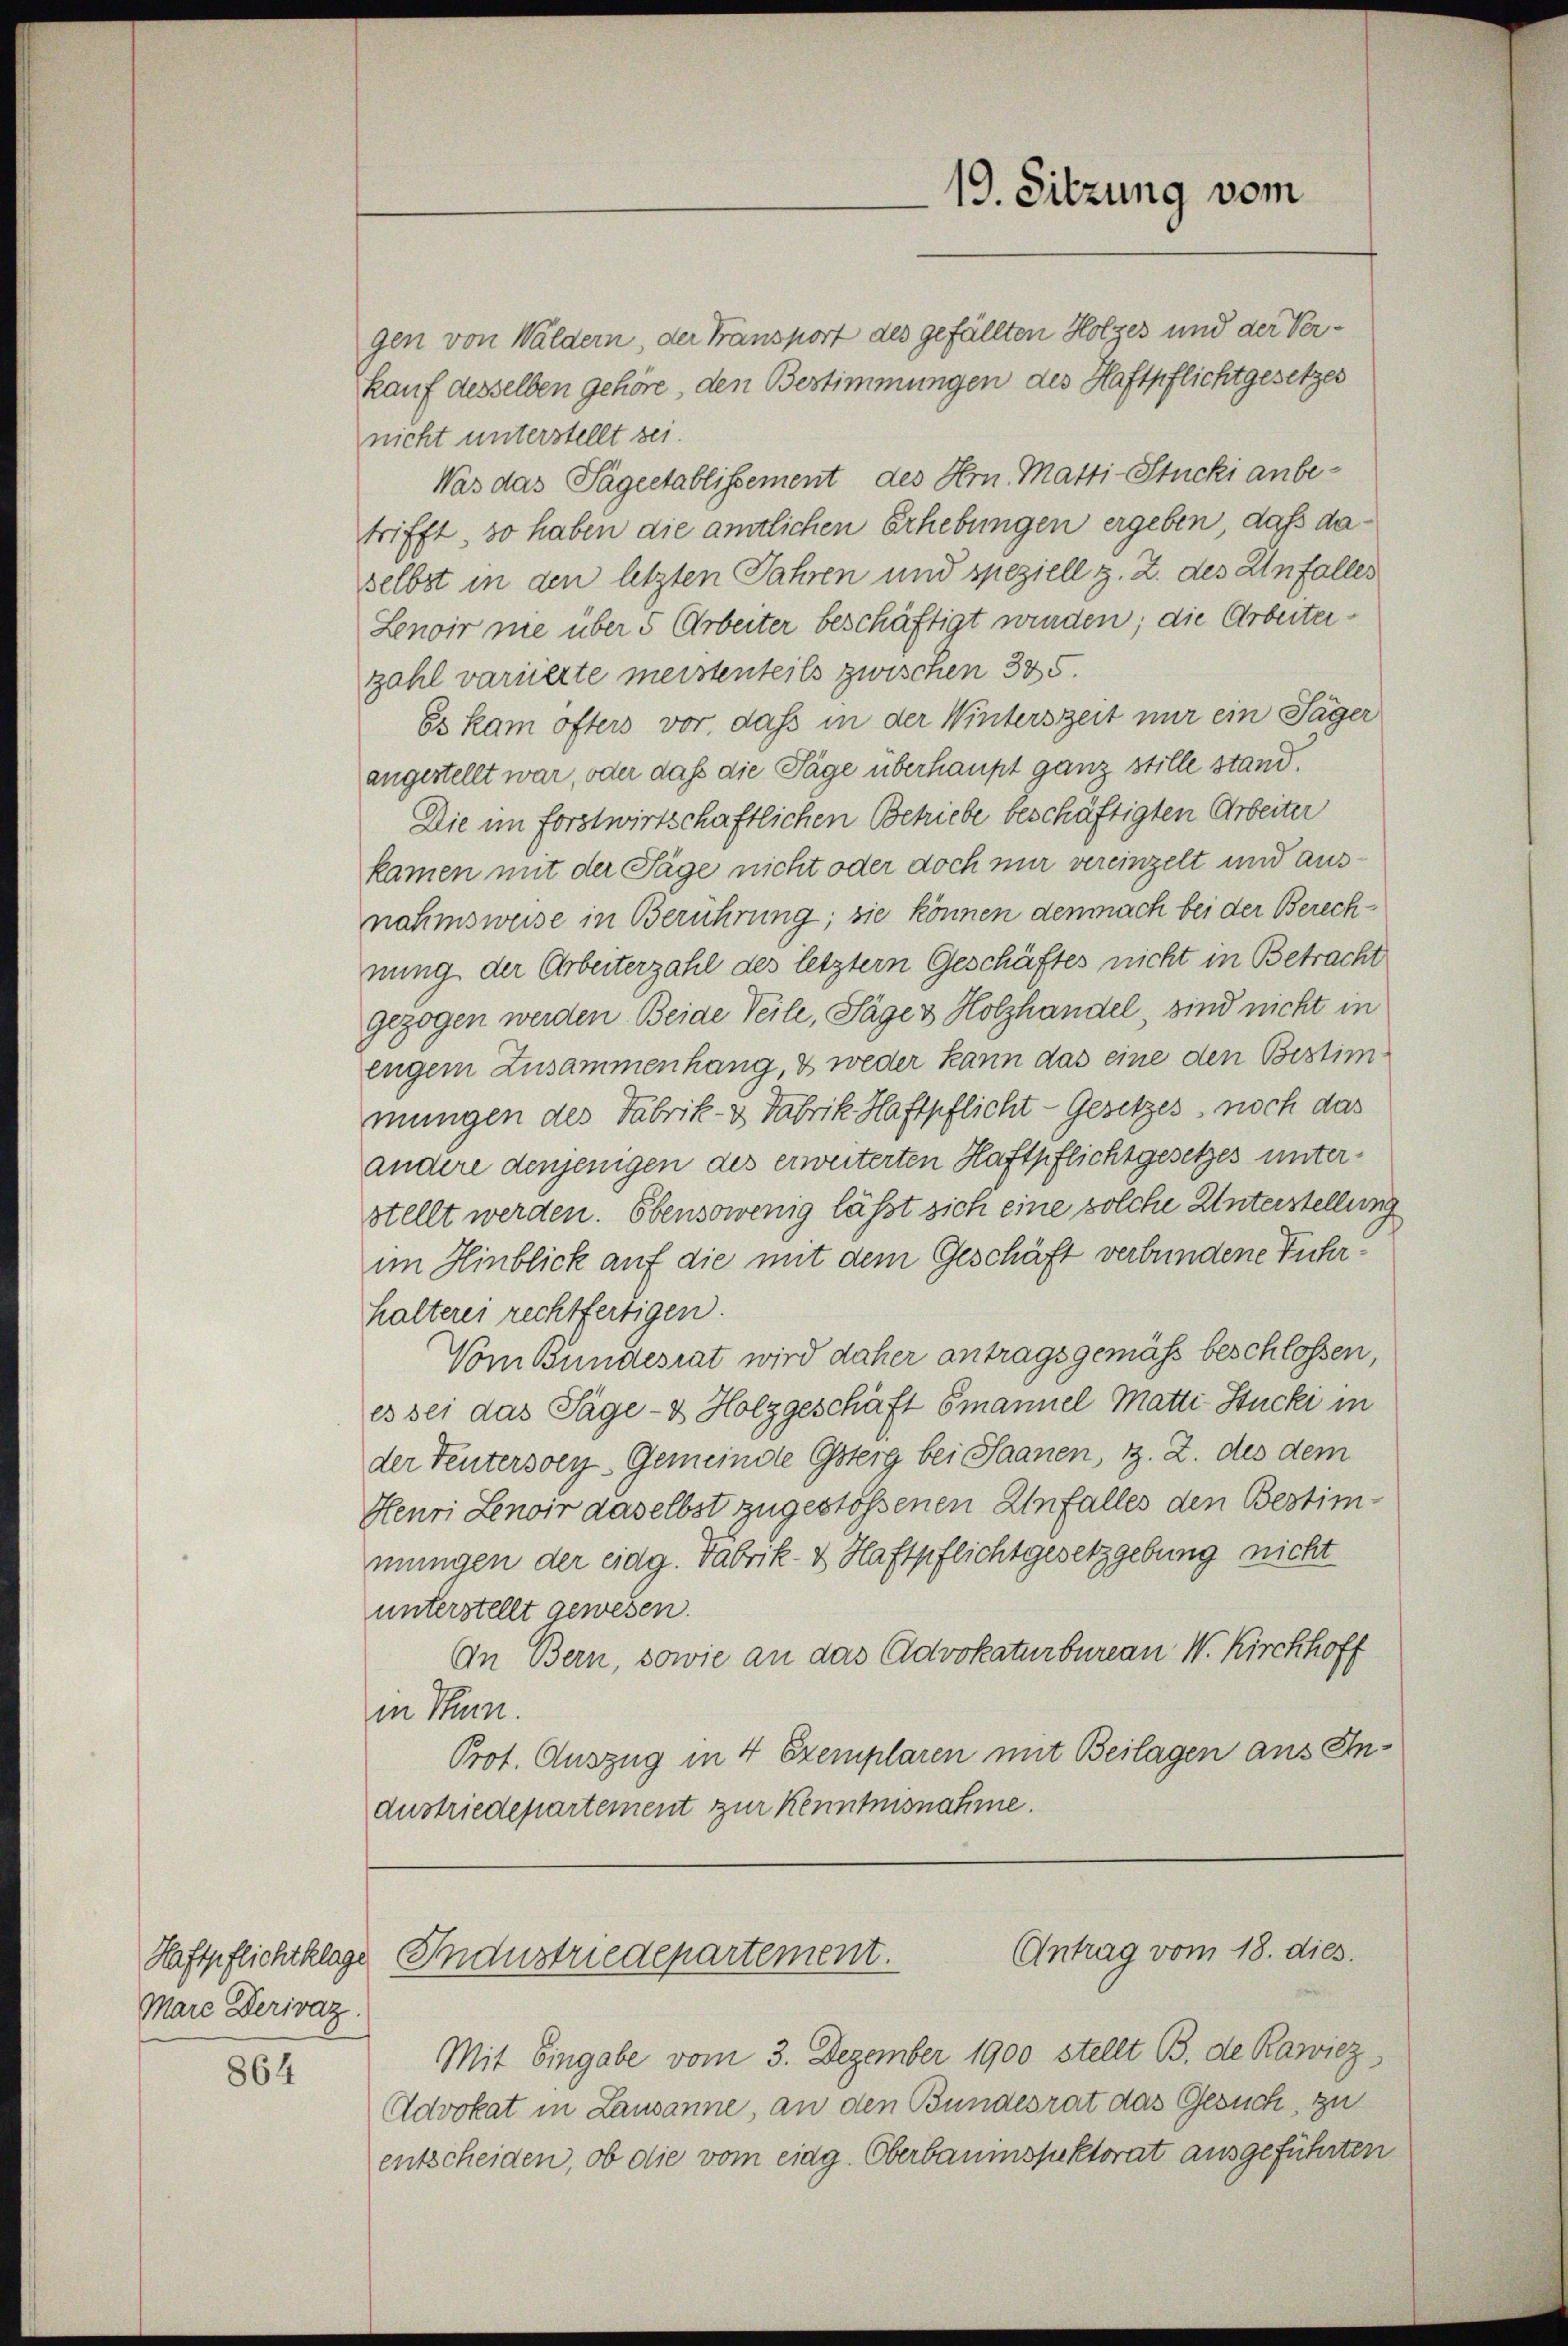
Mare Derivaz.

864

19. Sitzung vom

Mit Eingabe vom 3. Dezember 1900 stellt B. de Rawiez,
Advokat in Lausanne, an den Bundesrat das Gesuch, zu
entscheiden, ob die vom eidg. Oberbaumspuktorat ausgeführten

Antrag vom 18. dies.
Haftpflichtklage Industriedepartement.

gen von Wäldern, der Fransport des gefällten Holzes und der Verkauf desselben gehöre, den Bestimmungen des Haftpflichtgesetzes
nicht unterstellt sei.
Was das Pageetablissement des Hrn. Matti-Stucki anbetrifft, so haben die amtlichen Erhebungen ergeben, daß daselbst in den letzten Jahren und speziell z. Z. des Unfalles
Lenoir nie über 5 Arbeiter beschäftigt wurden; die Arbeiterzahl variierte meistenteils zwischen 385.
Es kam öfters vor, daß in der Winterszeit nur ein Täger
angestellt war, oder daß die Tage überhaupt ganz stille stand.
Die im forstwirtschaftlichen Betriebe beschäftigten Arbeiter
kamen mit der Tage nicht oder doch nur vereinzelt und ausnahmsweise in Berührung; sie können demnach bei der Berechnung der Arbeiterzahl des letztern Geschäftes nicht in Betracht
gezogen werden. Beide Teile, Säge & Holzhandel, sind nicht in
engem Zusammenhang, & weder kann das eine den Bestimmungen des Fabrik- & Fabrik Haftpflicht - Gesetzes, noch das
andere denjenigen des erweiterten Haftpflichtgesetzes unterstellt werden. Obensowenig lässt sich eine solche Unterstellung
im Hinblick auf die mit dem Geschäft verbundene Fuhrhalterei rechtfertigen.
Vom Bundesrat wird daher antragsgemäss beschlossen,
es sei das Tage- & Holzgeschäft Emanuel Matti-Stucki in
der Tentersoey-Gemeinde Osterg bei Saanen, z. Z. des dem
Henri Lenoir daselbst zugestoßenen Unfalles den Bestimmungen der eidg. Fabrik- & Haftpflichtgesetzgebung nicht
unterstellt gewesen.
An Bern, sowie an das Advokaturbureau W. Kirchhoff
in Schien.
Prot. Auszug in 4 Exemplaren mit Beilagen aus Andustriedepartement zur Kenntnisnahme.